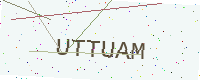
Text: UTTUAM